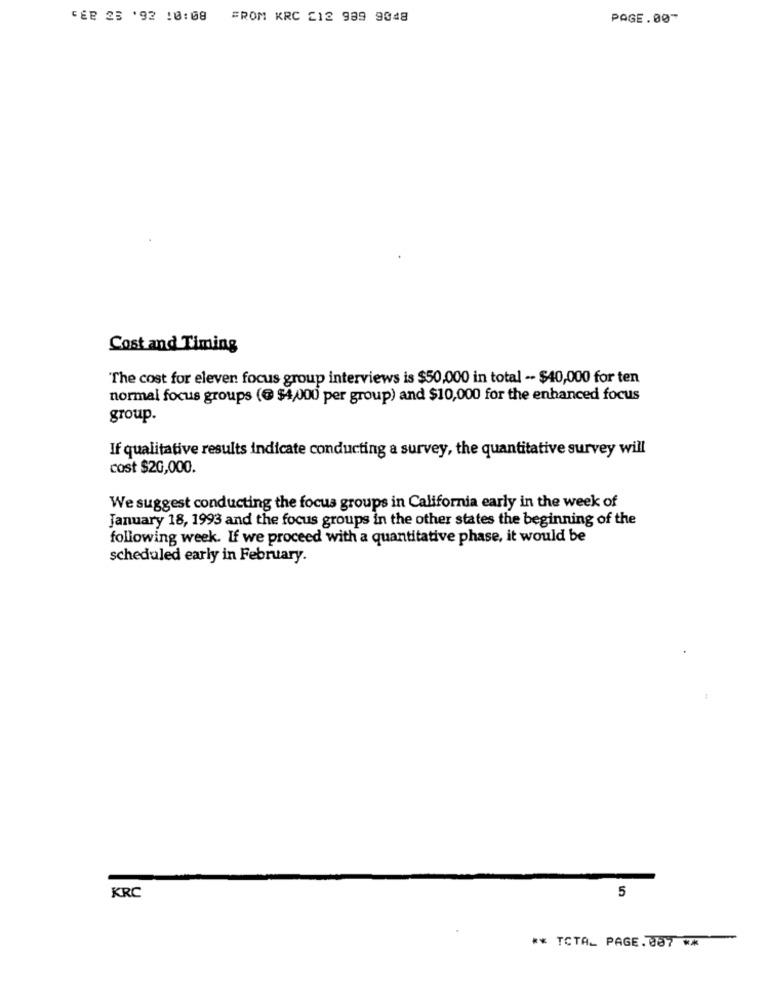
CER 23 '92 :0:08 FROM KRC 212 989 9848
PAGE.00"
Cost and Timing
The cost for eleven focus group interviews is $50,000 in total -- $40,000 for ten
normal focus groups (@ $4,000 per group) and $10,000 for the enhanced focus
group.
If qualitative results indicate conducting a survey, the quantitative survey will
cost $20,000.
We suggest conducting the focus groups in California early in the week of
January 18, 1993 and the focus groups in the other states the beginning of the
following week. If we proceed with a quantitative phase, it would be
scheduled early in February.
KRC
5
** TCTA_ PAGE.887 **